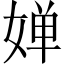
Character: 婵